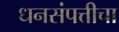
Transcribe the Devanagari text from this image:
धनसंपत्तीचा